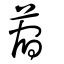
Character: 蓿